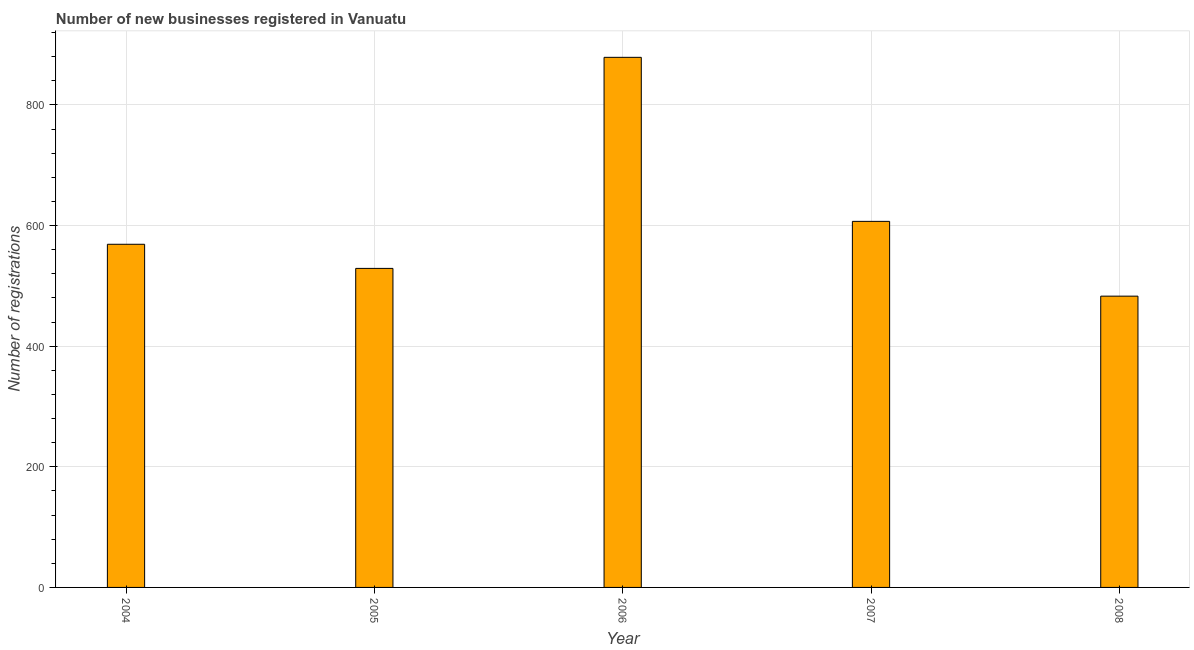
| Year | New businesses |
 | --- | --- |
 | 2004 | 569 |
 | 2005 | 529 |
 | 2006 | 879 |
 | 2007 | 607 |
 | 2008 | 483 |